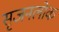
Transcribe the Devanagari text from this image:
सृजनलोक